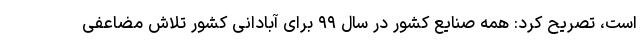
است، تصریح کرد: همه صنایع کشور در سال ۹۹ برای آبادانی کشور تلاش مضاعفی